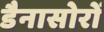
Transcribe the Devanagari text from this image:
डैनासोरों